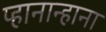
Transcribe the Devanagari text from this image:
प्हानान्हाना